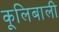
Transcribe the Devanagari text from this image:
कूलिबाली